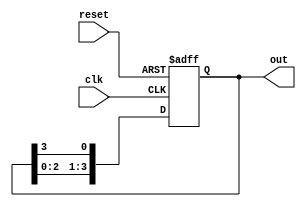
module ring_counter #(
    parameter N = 4 // Number of stages (must be at least 2 for a valid ring counter)
)(
    input wire clk,       // Clock input
    input wire reset,     // Asynchronous reset input
    output reg [N-1:0] out // Output representing the current state of the ring counter
);

    // Internal signal to hold the next state
    reg [N-1:0] next_state;

    always @(posedge clk or posedge reset) begin
        if (reset) begin
            // Initialize the ring counter to a known state (only the first flip-flop set to 1)
            out <= 1'b1 << (N-1); // Set the first flip-flop to '1', others to '0'
        end else begin
            // Update the output on the clock edge
            out <= next_state;
        end
    end

    // Combinational logic to determine the next state
    always @(*) begin
        next_state = {out[N-2:0], out[N-1]}; // Shift left
    end
endmodule